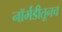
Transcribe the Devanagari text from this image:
नॉर्मंडीतूनच